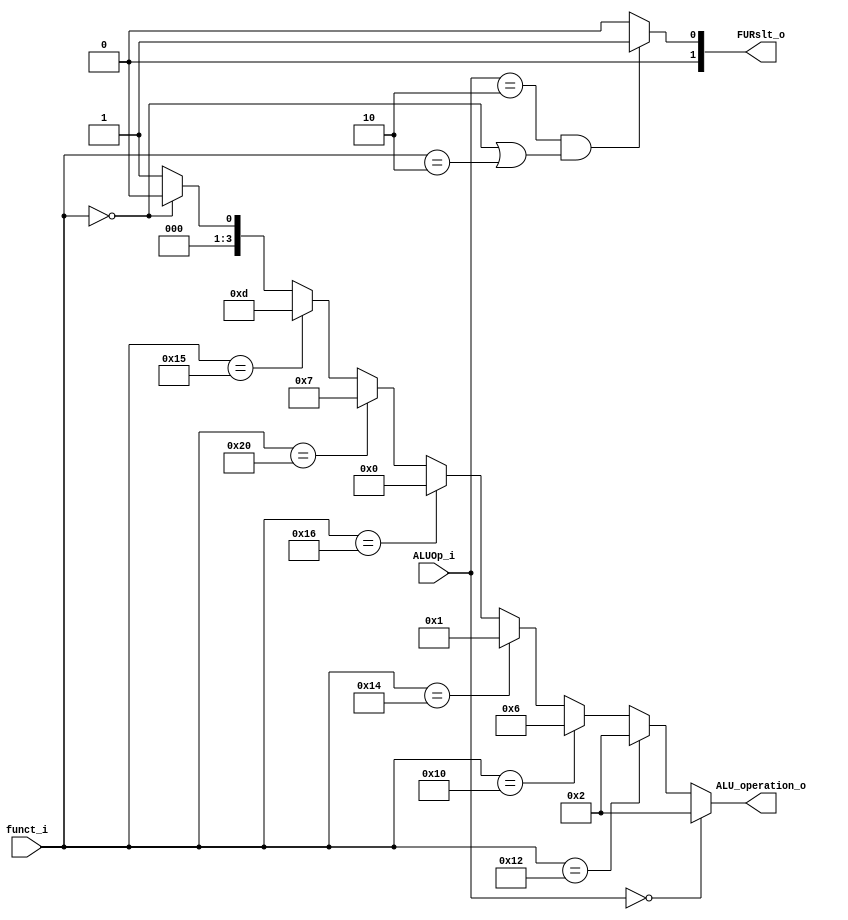
module ALU_Ctrl(funct_i, ALUOp_i, ALU_operation_o, FURslt_o);

//I/O ports 
input      [6-1:0] funct_i;
input      [3-1:0] ALUOp_i;

output     [4-1:0] ALU_operation_o;  
output     [2-1:0] FURslt_o;
     
//Internal Signals
wire	   [4-1:0] ALU_operation_o;
wire	   [2-1:0] FURslt_o;

//Main function
/*your code here*/

assign ALU_operation_o[3:0] = (ALUOp_i == 3'b000) ? 4'b0010 : // addi
                              (funct_i == 6'b010010) ? 4'b0010 : // add
                              (funct_i == 6'b010000) ? 4'b0110 : // sub
                              (funct_i == 6'b010100) ? 4'b0001 : // and
                              (funct_i == 6'b010110) ? 4'b0000 : // or
                              (funct_i == 6'b100000) ? 4'b0111 : // slt
                              (funct_i == 6'b010101) ? 4'b1101 : // nor
                              (funct_i == 6'b000000) ? 4'b0000 : // sll
                                                       4'b0001 ; // srl

assign FURslt_o[1:0] = (ALUOp_i == 3'b010 && (funct_i == 6'b000000 || funct_i == 6'b000010)) ? 2'b01 : 2'b00;

endmodule